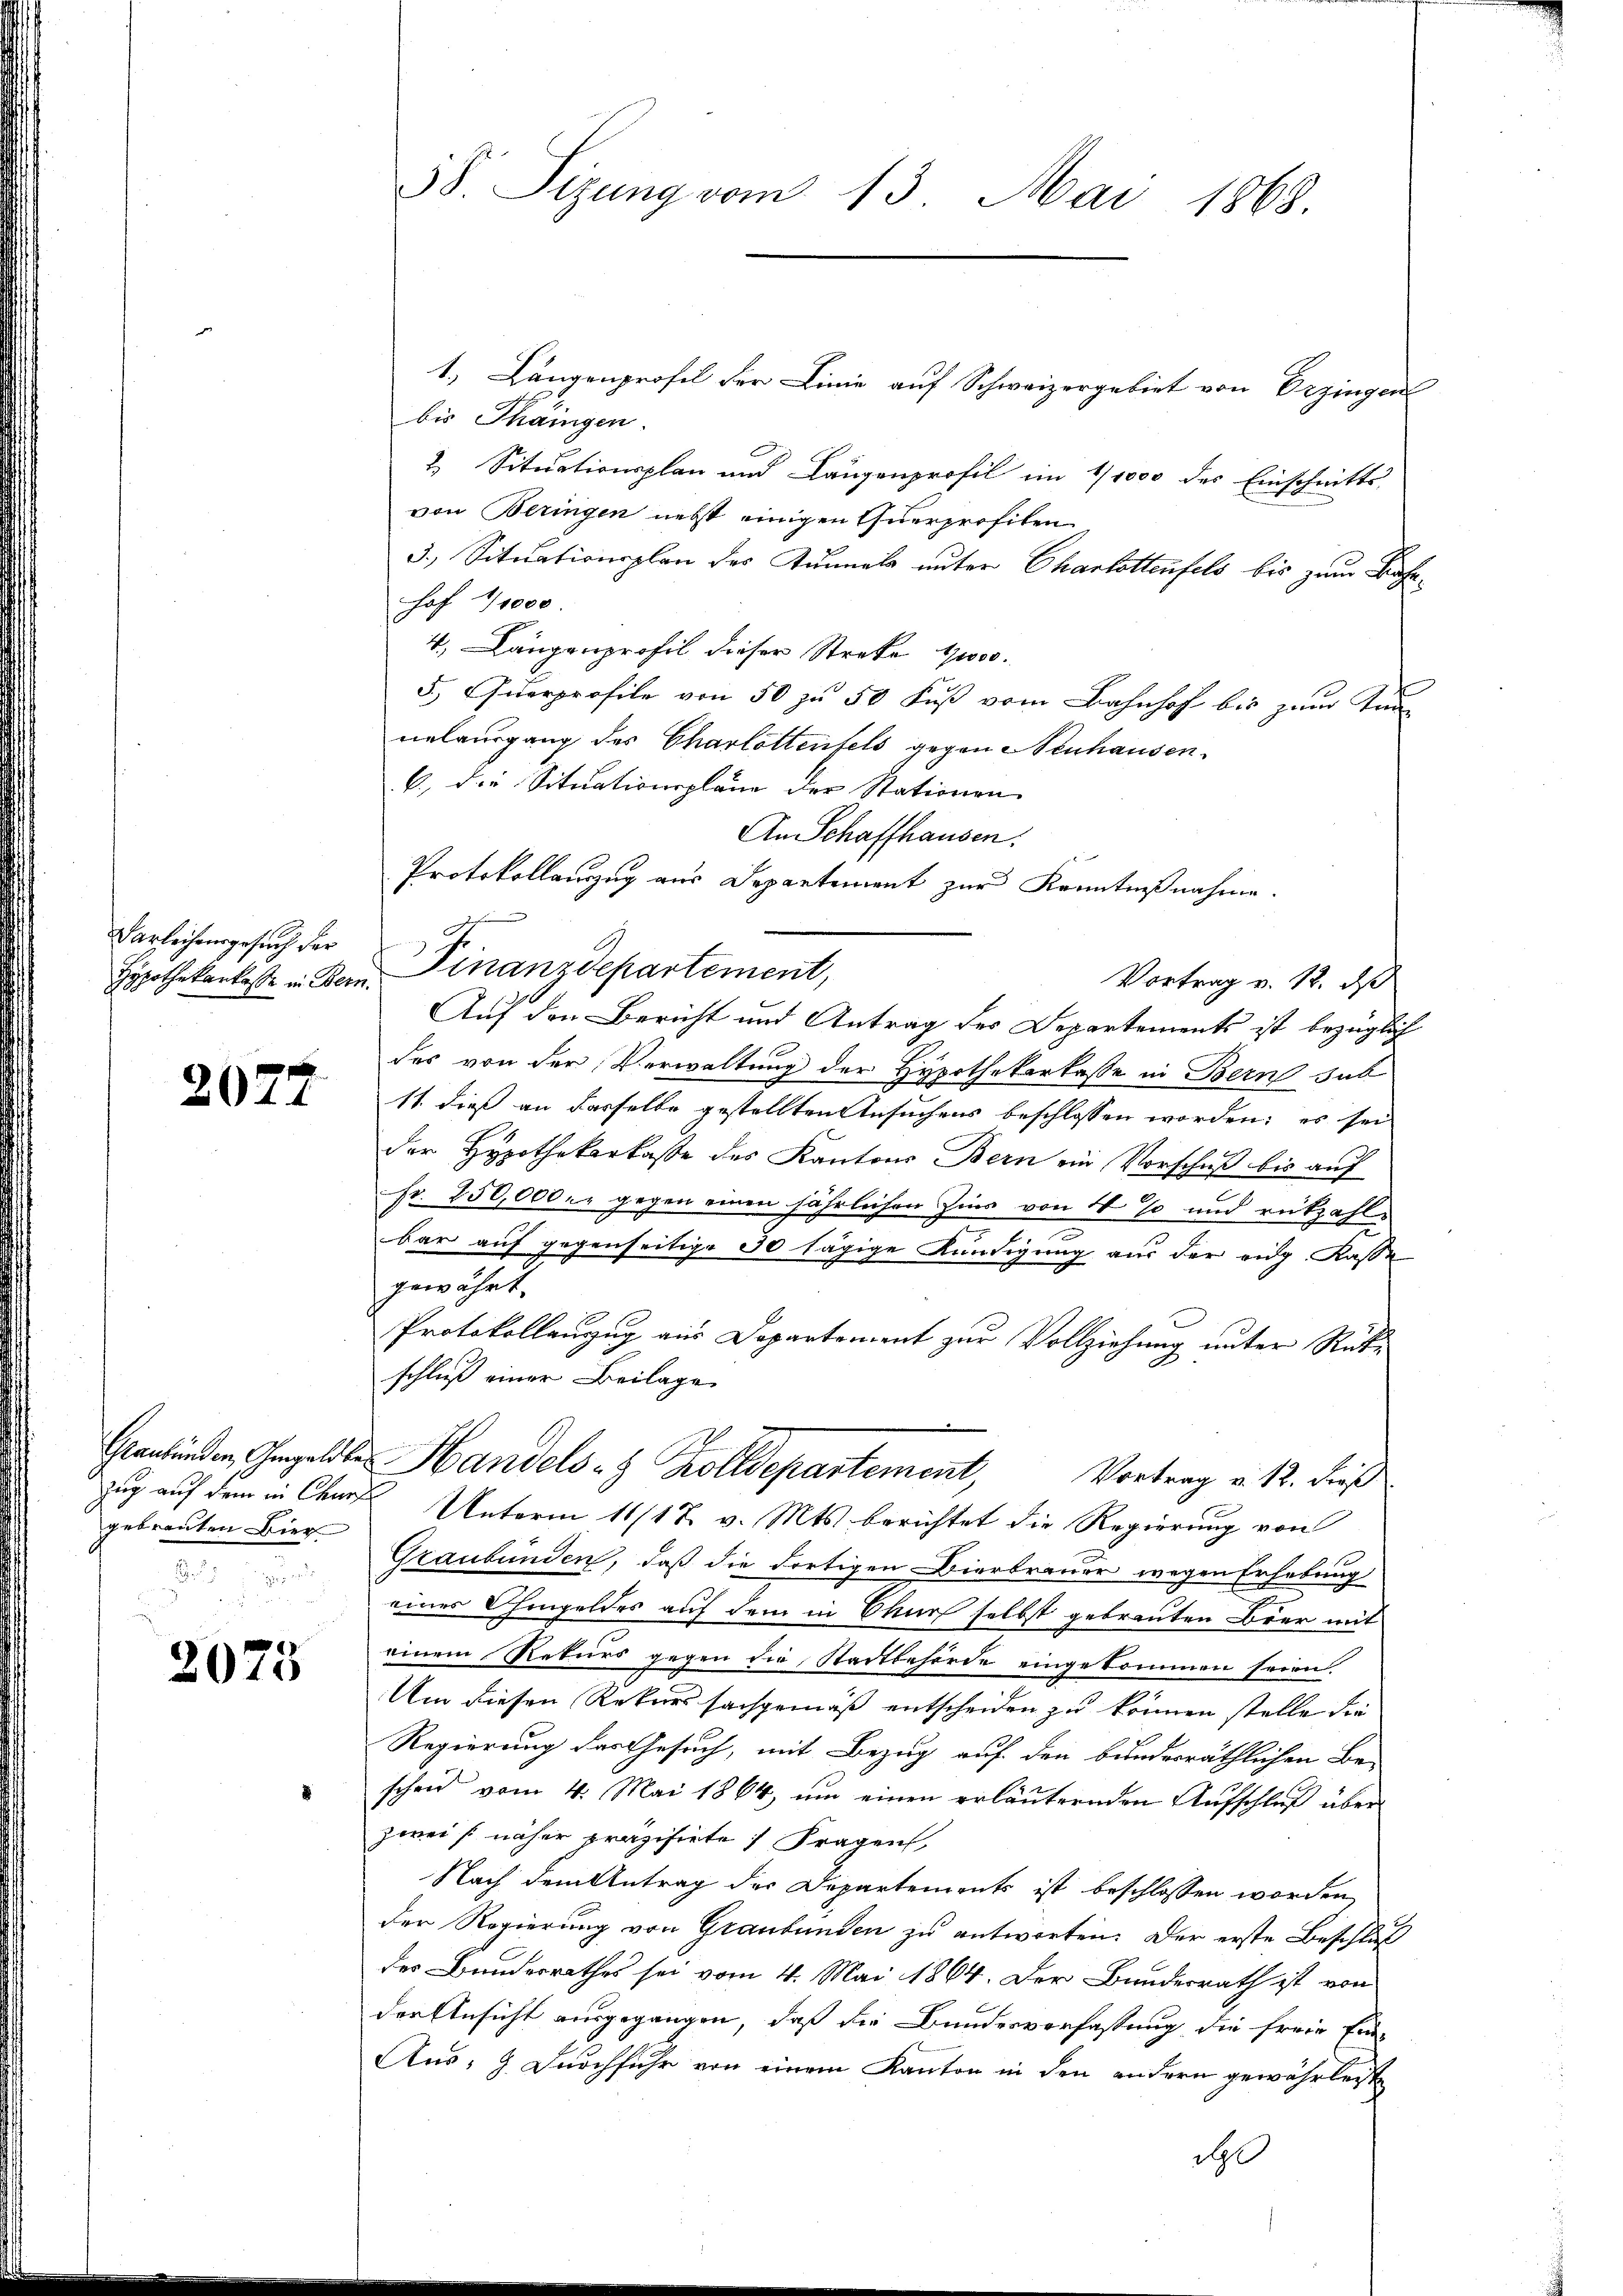
Varleihensgesuch der

2077

gebrauten Bier

2075

38. Sizung vom 13. Mai 1868.

1.) Längenprofil der Linie auf Schweizergebiet von Erzingen
bis Thangen.
2. Situationsplan und Längenprofil im 1/1000 des Einschnitts-
von Beringen nebst einigen Querprofiten
3., Situationsplan des Tunnels unter Charlottenfels bis zum Bahnhof 1/1000.
4. Längenprofil dieser Streke 1000.
5. Querprofile von 50 zu 50 Fuß vom Bahnhof bis zum Innnelausgang des Charlottentels gegen Neuhausen.
6., die Situationspläne der Stationen
An Schaffhausen:
Protokollauszug aus Departement zur Kenntnißnahme.
Vortrag v. 12. ds
Auf den Bericht und Antrag des Departements ist bezüglich
des von der Verwaltung der Hypothekerkasse in Bern dab
11. dieß an derselbe gestellten Ansuchens beschlossen worden; es sei
der Hypothekarkasse des Kantons Bern ein Vorschuß bis auf
Fr. 250,000.- gegen einen jährlichen Zins von 4 % und rückzahle
bar auf gegenseitige 30 tägige Kündigung aus der eidg. Kasse
gewährt.
Protokollanzug aus Departement zur Vollziehung unter Rückschluß einer Beilage
Graubünden, Geldte Handels- & Zolldepartement, Vortrag v. 12. dieß
zug auf dem in Chur Unterm 11/12. v. Mts. berichtet die Regierung von
Graubünden, daß die dortigen Bierbrauer wegen Erhebung
einer Ohmgeldes auf dem in Chur selbst gebrauten Brer mit
einem Rekurs gegen die Stadtbehörde eingekommen seien.
Um diesen Rekurssachgemäß entscheiden zu können stelle die
Regierung des Gesuch, mit Bezug auf den bundesräthlichen Be-
scheid vom 4. Mai 1864, ŭm einen erläuternden Aŭfschlŭβ über
zwei näher präzisirte Fragen,
Nach dem Antrag der Departements ist beschlossen worden,
der Regierung von Graubünden zu antworten. Der erste Beschluß
des Bundesrathes sei vom 4. Mai 1864. Der Bundesrath ist von
der Ansicht ausgegangen, daß die Bundesverfassung die freie Ein-
Aus- & Durchfuhr von einem Kanton in den andern gewährleist
190

Hypothekarkasse in Bern. Finanzdepartement,